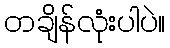
တချိန်လုံးပါပဲ။